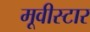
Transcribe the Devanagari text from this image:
मूवीस्टार